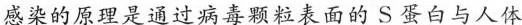
感染的原理是通过病毒颗粒表面的S蛋白与人体